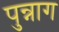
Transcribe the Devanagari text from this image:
पुन्नाग